Indian journal of veterinary science and animal husbandry - Volumes 18-21, 1948-1951
Year: 1948
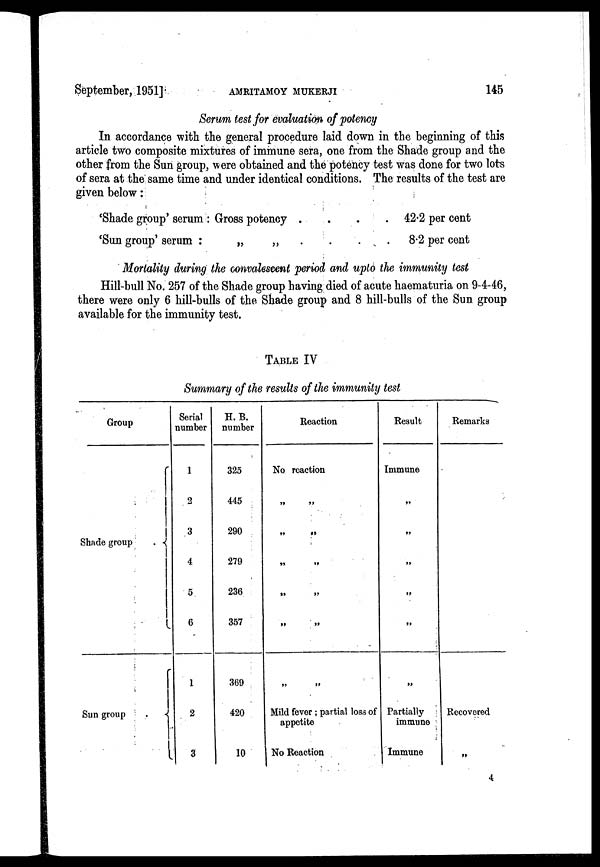
September, 1951]
AMRITAMOY
MUKHERJI
145
Serum test for evaluation of potency
In accordance with the general procedure laid down in the beginning of this
article two composite mixtures of immune sera, one from the Shade group and the
other from the Sun group, were obtained and the potency test was done for two lots
of sera at the same time and under identical conditions. The results of the test are
given below:
'Shade group' serum : Gross potency . . .
'Sun group' serum :
„
„ . . . .
42.2 per cent
8.2 per cent
Mortality during the convalescent period and upto the immunity test
Hill-bull No. 257 of the Shade group having died of acute haematuria on 9-4-46,
there were only 6 hill-bulls of the Shade group and 8 hill-bulls of the Sun group
available for the immunity test.
TABLE IV
Summary of the results of the immunity test
Group
Shade group
Sun group
Serial
number
1
2
3
4
5
6
1
2
3
H. B.
number
325
445
290
279
236
357
369
420
10
Reaction
No reaction
„ „
„ „
„ „
„ „
„ „
„ „
Mild fever ; partial loss of
appetite
No Reaction
Result
Immune
„
„
„
„
„
„
Partially
immune
Immune
Remarks
Recovered
„
4